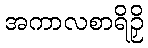
အကာလစာရိဉှိ